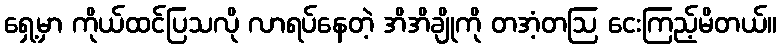
ရှေ့မှာ ကိုယ်ထင်ပြသလို လာရပ်နေတဲ့ အိအိချိုကို တအံ့တဩ ငေးကြည့်မိတယ်။